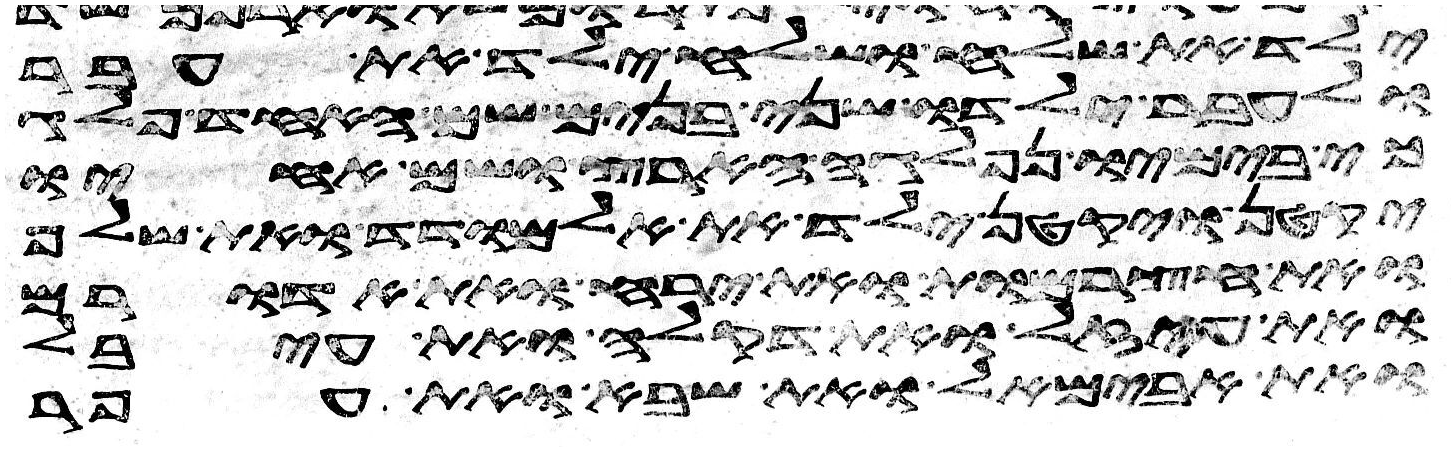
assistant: ילד את שלח ושלח ילד את עבר
ולעבר ילדו שני בנים שם האחד פלג
כי בימיו נפלגה הארץ ושם אחיו
יקטן ויקטן ילד את אלמודד ואת שלף
ואת חצרמות ואת ירח ואת אדורם
ואת עיזל ואת דקלה ואת עיבל
ואת אבימאל ואת שבא ואת אפר